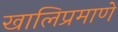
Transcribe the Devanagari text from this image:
खालिप्रमाणे